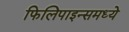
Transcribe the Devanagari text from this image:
फिलिपाइन्समध्ये